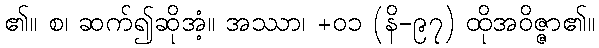
၏။ စ၊ ဆက်၍ဆိုအံ့။ အဿာ၊ +၀၁ (နိ-၉၇) ထိုအဝိဇ္ဇာ၏။